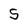
Character: S